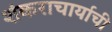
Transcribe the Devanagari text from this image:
शंकराचार्याची